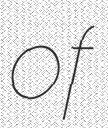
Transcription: of